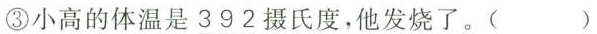
③小高的体温是392摄氏度,他发烧了。( )